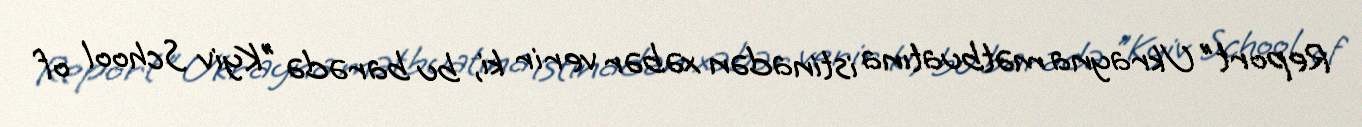
Report" Ukrayna mətbuatına istinadən xəbər verir ki, bu barədə "Kyiv School of